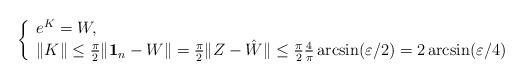
LaTeX: \begin{align*}\left\{\begin{array}{l}e^{K}=W,\\ \|K\|\leq \frac{\pi}{2}\|\mathbf{1}_n-W\|=\frac{\pi}{2}\|Z-\hat{W}\|\leq \frac{\pi}{2}\frac{4}{\pi}\arcsin(\varepsilon/2)=2\arcsin(\varepsilon/4)\end{array}\right. \end{align*}